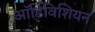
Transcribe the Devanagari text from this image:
ऑर्डिविशियन